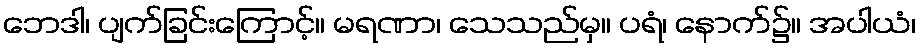
ဘေဒါ၊ ပျက်ခြင်းကြောင့်။ မရဏာ၊ သေသည်မှ။ ပရံ၊ နောက်၌။ အပါယံ၊